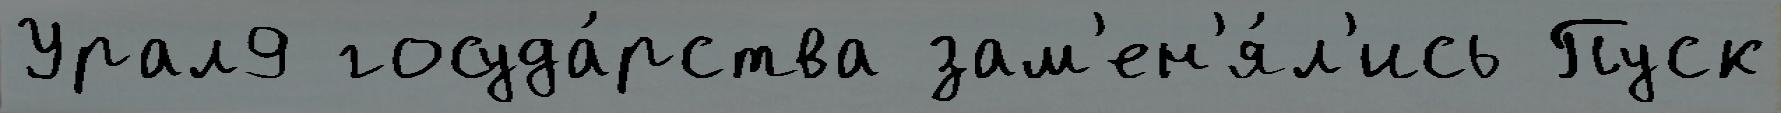
Урал9 госуда́рства зам'ен'я́л'ись Пуск